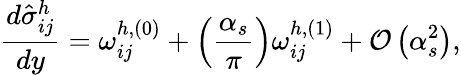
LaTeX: \frac{d\hat{\sigma}_{ij}^{h}}{dy}=\omega_{ij}^{h,(0)}+\left(\frac{\alpha_{s}}{\pi}\right)\omega_{ij}^{h,(1)}+{\cal O}\left(\alpha_{s}^{2}\right),